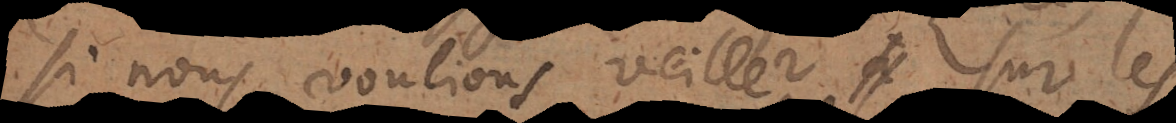
si nous voulions veiller sur le